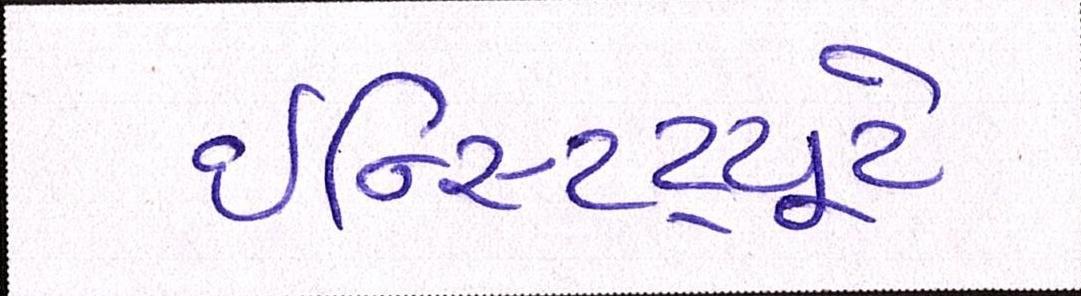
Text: ઇન્સ્ટિટ્યૂટે